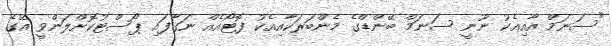
"ސަނަމް އާއިއެކު ނޫނީ ސަނަމް ބޭންޑްގެ މެންބަރަކާއިއެކު ފޮޓޯއެއް ނަގާފައި ޕޯސްޓުކޮށްލަންވީ އޭގެ